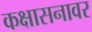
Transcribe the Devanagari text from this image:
कक्षासनावर